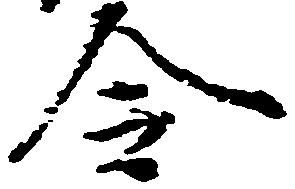
令